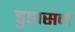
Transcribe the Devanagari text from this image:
डुडासने